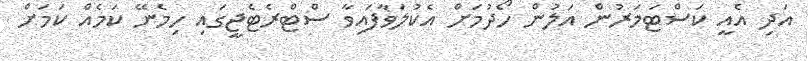
އަދި އެއީ ކަސްޓަމަރުން އަލުން ހޯދުމަށް އެކުލަވާފައިވާ ސްޓްރެޓެޖީގައި ހިމެނޭ ކަމެއް ކަމަށް